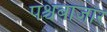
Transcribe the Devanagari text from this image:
पश्चबाजार